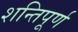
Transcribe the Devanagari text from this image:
शन्तिपूर्ण